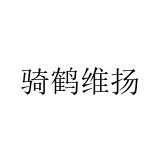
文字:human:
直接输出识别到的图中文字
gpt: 骑鹤维扬